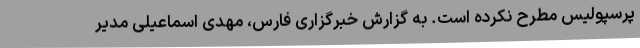
پرسپولیس مطرح نکرده است. به گزارش خبرگزاری فارس، مهدی اسماعیلی مدیر